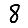
Digit: 8